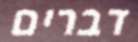
דברים